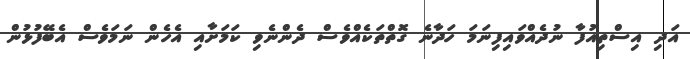
އަދި އިސްތިއުފާ ނުދެއްވައިފިނަމަ ހަދާނެ ގޮތްތަކެއްވެސް ދެންނެވި ކަމަށާއި އެހެން ނަމަވެސް އެބޭފުޅުން